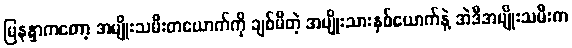
မြနန္ဒာကတော့ အမျိုးသမီးတယောက်ကို ချစ်မိတဲ့ အမျိုးသားနှစ်ယောက်နဲ့ အဲဒီအမျိုးသမီးက